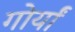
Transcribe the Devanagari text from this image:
गोर्यां